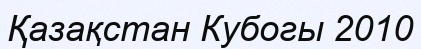
Қазақстан Кубогы 2010